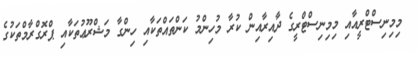
މިމިނިސްޓްރީއާއި މިމިނިސްޓްރީގެ ދާއިރާއިން ކުރާ މުހިންމު ކަންތައްތަކާއި ހިންގާ މަޝްރޫޢުތަކާއި ޕްރޮގްރާމްތަކުގެ